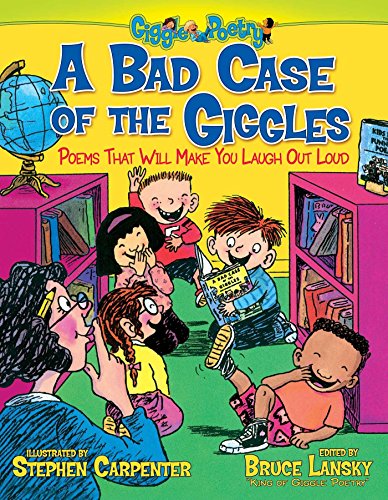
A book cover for A Bad Case of the Giggles: Poems That Will Make You Laugh Out Loud (Giggle Poetry); Bruce Lansky; Children's Books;